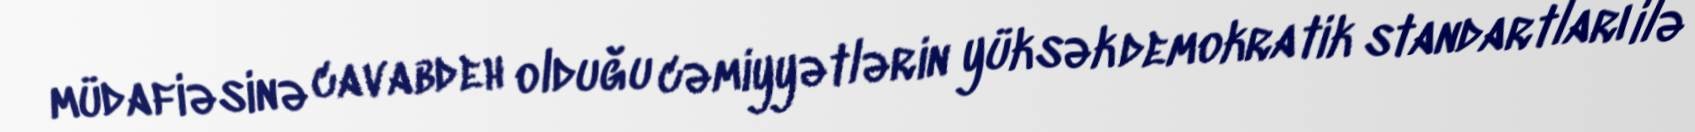
müdafiəsinə cavabdeh olduğu cəmiyyətlərin yüksək demokratik standartları ilə